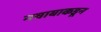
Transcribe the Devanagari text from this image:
नवाबाकडून